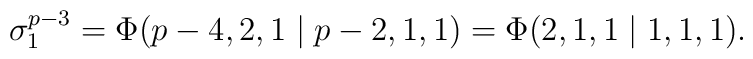
\sigma_1^{p-3} =\Phi(p-4,2,1\mid p-2,1,1) =\Phi(2,1,1\mid 1,1,1).